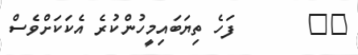
٤٧       ފަހެ ތިޔަބައިމީހުންކުރެ އެކަކަށްވެސް